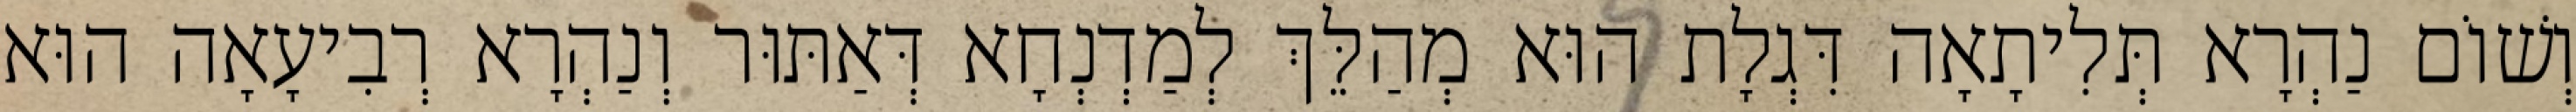
וְשׁוֹם נַהְרָא תְּלִיתָאָה דִּגְלָת הוּא מְהַלֵּךְ לְמַדְנְחָא דְּאַתּוּר וְנַהְרָא רְבִיעָאָה הוּא